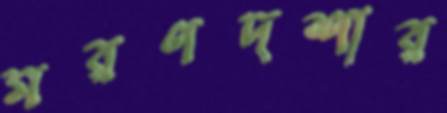
মরণদশার